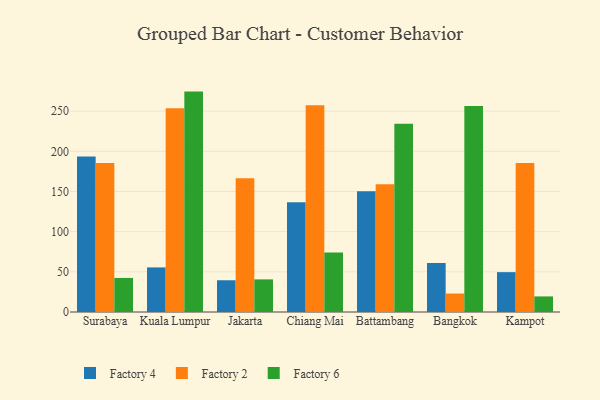
{"axis": {"x": "City", "y": "Tickets Resolved"}, "legend": ["Factory 2", "Factory 4", "Factory 6"], "data": [{"x": "Surabaya", "y": 193.4, "type": "Factory 4"}, {"x": "Surabaya", "y": 185.4, "type": "Factory 2"}, {"x": "Surabaya", "y": 42.4, "type": "Factory 6"}, {"x": "Kuala Lumpur", "y": 55.5, "type": "Factory 4"}, {"x": "Kuala Lumpur", "y": 253.5, "type": "Factory 2"}, {"x": "Kuala Lumpur", "y": 274.3, "type": "Factory 6"}, {"x": "Jakarta", "y": 39.5, "type": "Factory 4"}, {"x": "Jakarta", "y": 166.4, "type": "Factory 2"}, {"x": "Jakarta", "y": 40.6, "type": "Factory 6"}, {"x": "Chiang Mai", "y": 136.7, "type": "Factory 4"}, {"x": "Chiang Mai", "y": 257.4, "type": "Factory 2"}, {"x": "Chiang Mai", "y": 74.0, "type": "Factory 6"}, {"x": "Battambang", "y": 150.3, "type": "Factory 4"}, {"x": "Battambang", "y": 159.0, "type": "Factory 2"}, {"x": "Battambang", "y": 234.3, "type": "Factory 6"}, {"x": "Bangkok", "y": 61.0, "type": "Factory 4"}, {"x": "Bangkok", "y": 23.0, "type": "Factory 2"}, {"x": "Bangkok", "y": 256.4, "type": "Factory 6"}, {"x": "Kampot", "y": 49.6, "type": "Factory 4"}, {"x": "Kampot", "y": 185.3, "type": "Factory 2"}, {"x": "Kampot", "y": 19.4, "type": "Factory 6"}]}